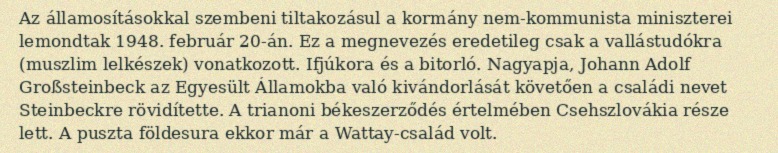
Az államosításokkal szembeni tiltakozásul a kormány nem-kommunista miniszterei lemondtak 1948. február 20-án. Ez a megnevezés eredetileg csak a vallástudókra (muszlim lelkészek) vonatkozott. Ifjúkora és a bitorló. Nagyapja, Johann Adolf Großsteinbeck az Egyesült Államokba való kivándorlását követően a családi nevet Steinbeckre rövidítette. A trianoni békeszerződés értelmében Csehszlovákia része lett. A puszta földesura ekkor már a Wattay-család volt.